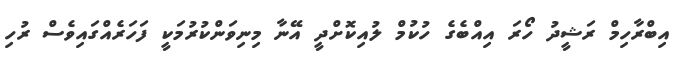
އިބްރާހިމް ރަޝީދު ހޯރަ އިއްބެގެ ހުކުމް ލުއިކޮށްދީ އޭނާ މިނިވަންކުރުމަކީ ފަހަރެއްގައިވެސް ރުހި